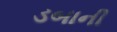
ડબાની